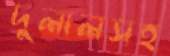
দুলালসহ